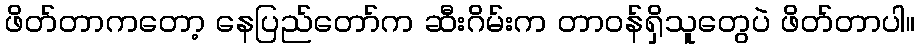
ဖိတ်တာကတော့ နေပြည်တော်က ဆီးဂိမ်းက တာဝန်ရှိသူတွေပဲ ဖိတ်တာပါ။